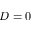
D = 0